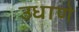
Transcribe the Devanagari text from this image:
उधाणे